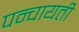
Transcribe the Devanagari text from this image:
पन्चायती